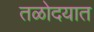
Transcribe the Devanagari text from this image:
तळोदयात